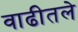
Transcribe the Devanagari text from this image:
वाढीतले